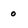
Character: 0